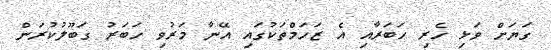
ގަޔަށް ވަޅި ހެރި ހަބަރާއި އެ ޒަހަމްތަކުގައި އޭނާ މަރުވި ހަބަރު ގަބޫލުކުރަން